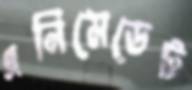
এনিমেডেট